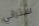
ستراني